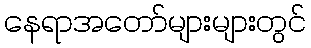
နေရာအတော်များများတွင်